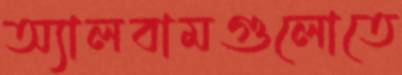
অ্যালবামগুলোতে